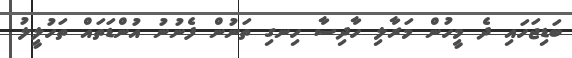
ބަޑިޖަހައި ދެ މީހުން މަރާލި ހާދިސާ ހިނގި ތަނުން ފެނުނު އުންޑަތައް ތަހުލީލު